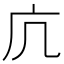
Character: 𭙍